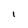
Character: I